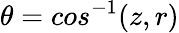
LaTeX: \theta=cos^{-1}(z,r)